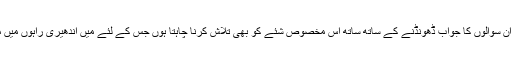
میں ماں کی نظروں میں ان سوالوں کا جواب ڈھونڈنے کے ساتھ ساتھ اس مخصوص شئے کو بھی تلاش کرنا چاہتا ہوں جس کے لئے میں اندھیری راہوں میں مسلسل سفر کرتا رہا ہوں۔